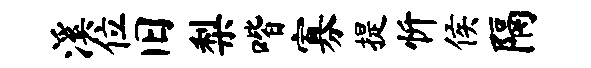
溪位旧梨喈寡提忻侯隔